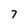
Character: 7